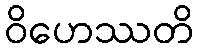
ဝိဟေဿတိ